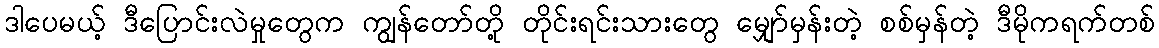
ဒါပေမယ့် ဒီပြောင်းလဲမှုတွေက ကျွန်တော်တို့ တိုင်းရင်းသားတွေ မျှော်မှန်းတဲ့ စစ်မှန်တဲ့ ဒီမိုကရက်တစ်